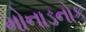
મોનાડનોક